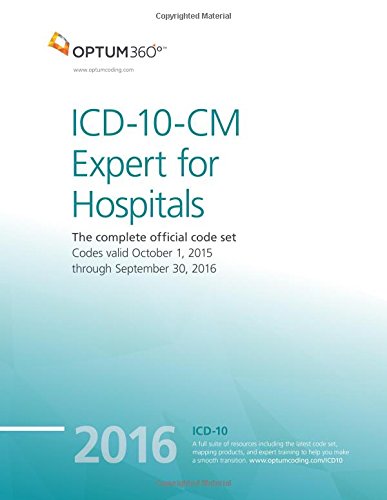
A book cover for ICD-10-CM Expert for Hospitals 2016; Optum360; Medical Books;